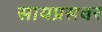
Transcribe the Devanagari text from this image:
सायप्रसवर